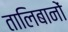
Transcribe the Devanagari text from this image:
तालिबानों